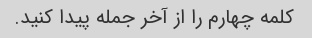
کلمه چهارم را از آخر جمله پیدا کنید.